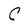
Character: C